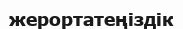
жерортатеңіздік